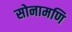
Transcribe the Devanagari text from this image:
सोनामणि